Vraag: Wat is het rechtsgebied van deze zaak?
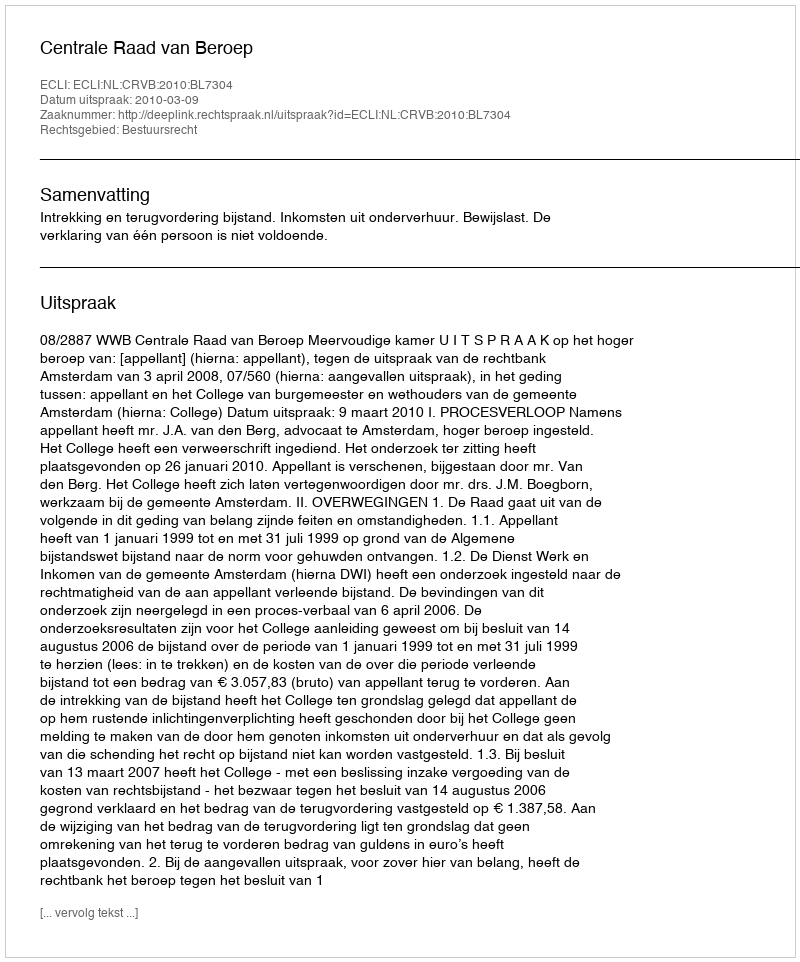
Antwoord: Bestuursrecht